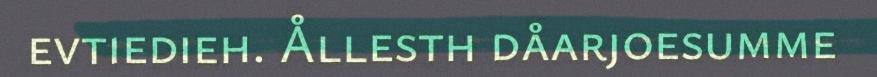
evtiedieh. Ållesth dåarjoesumme